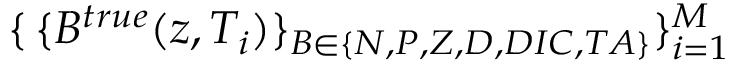
\{ \, \{ B ^ { t r u e } ( z , T _ { i } ) \} _ { B \in \{ N , P , Z , D , D I C , T A \} } \} _ { i = 1 } ^ { M }